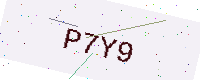
Text: P7Y9